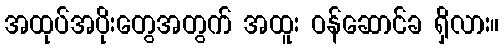
အထုပ်အပိုးတွေအတွက် အထူး ဝန်ဆောင်ခ ရှိလား။